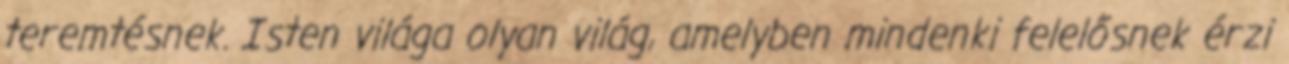
teremtésnek. Isten világa olyan világ, amelyben mindenki felelősnek érzi